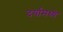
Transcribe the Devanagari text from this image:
दर्यामध्ये